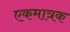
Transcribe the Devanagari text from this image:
एकमात्रक